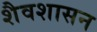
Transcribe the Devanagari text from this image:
शैवशासन